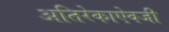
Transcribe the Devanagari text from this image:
अतिरेकाऐवजी